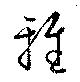
雅